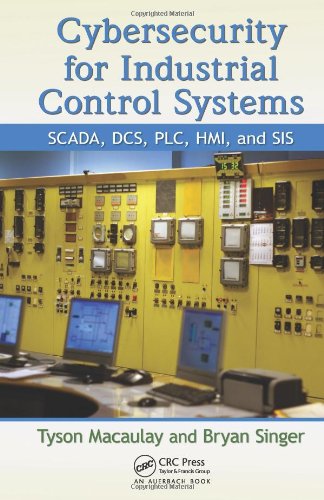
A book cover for Cybersecurity for Industrial Control Systems: SCADA, DCS, PLC, HMI, and SIS; Tyson Macaulay; Computers & Technology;